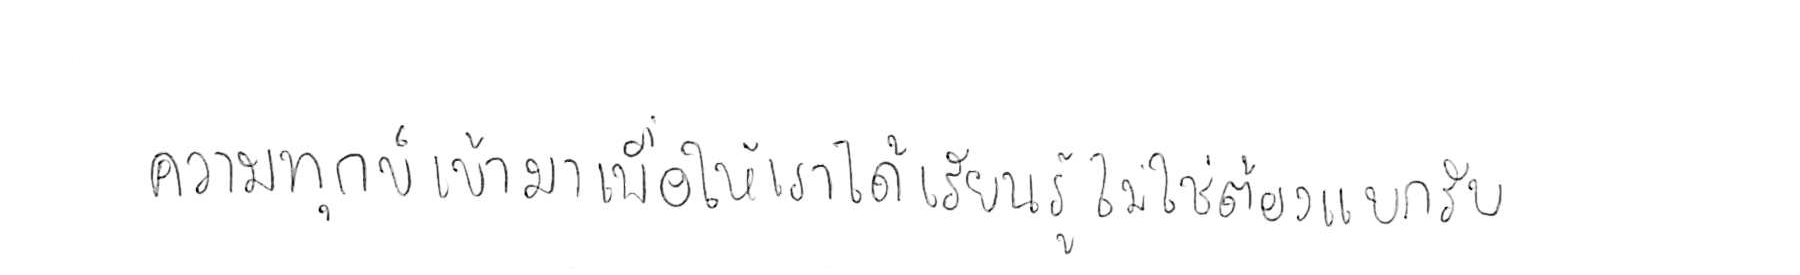
ความทุกข์ เข้ามาเพื่อให้เราได้ เรียนรู้ ไม่ใช่ต้อง แบกรับ